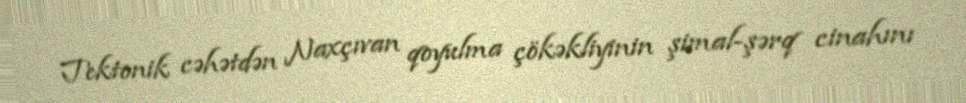
Tektonik cəhətdən Naxçıvan qoyulma çökəkliyinin şimal-şərq cinahını